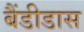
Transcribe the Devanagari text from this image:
बैंडीडास